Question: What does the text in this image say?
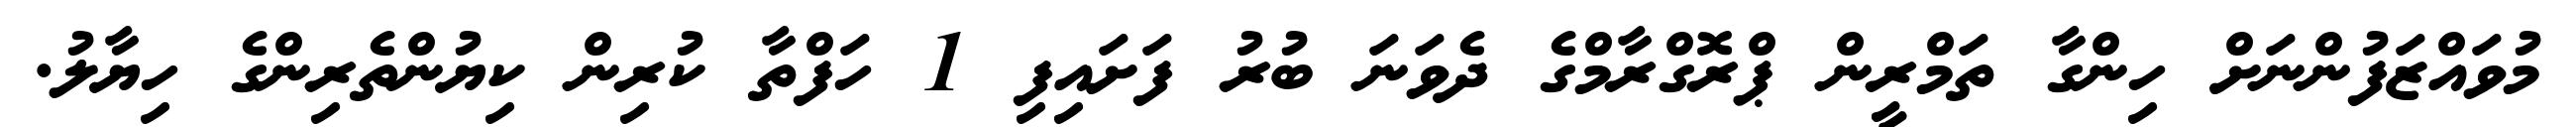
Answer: މުވައްޒަފުންނަށް ހިންގާ ތަމްރީން ޕްރޮގްރާމްގެ ދެވަނަ ބުރު ފަށައިފި 1 ހަފްތާ ކުރިން ކިޔުންތެރިންގެ ހިޔާލު.